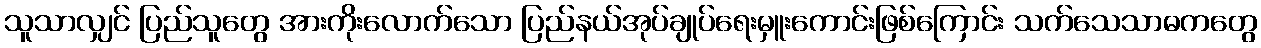
သူသာလျှင် ပြည်သူတွေ အားကိုးလောက်သော ပြည်နယ်အုပ်ချုပ်ရေးမှူးကောင်းဖြစ်ကြောင်း သက်သေသာဓကတွေ